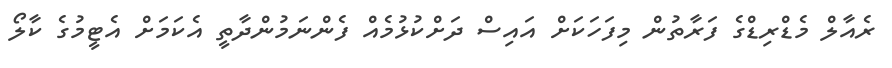
ރެއާލް މެޑްރިޑްގެ ފަރާތުން މިފަހަކަށް އައިސް ދަށްކުޅުމެއް ފެންނަމުންދާތީ އެކަމަށް އެޓީމުގެ ކާލޯ